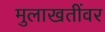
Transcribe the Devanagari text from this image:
मुलाखतींवर